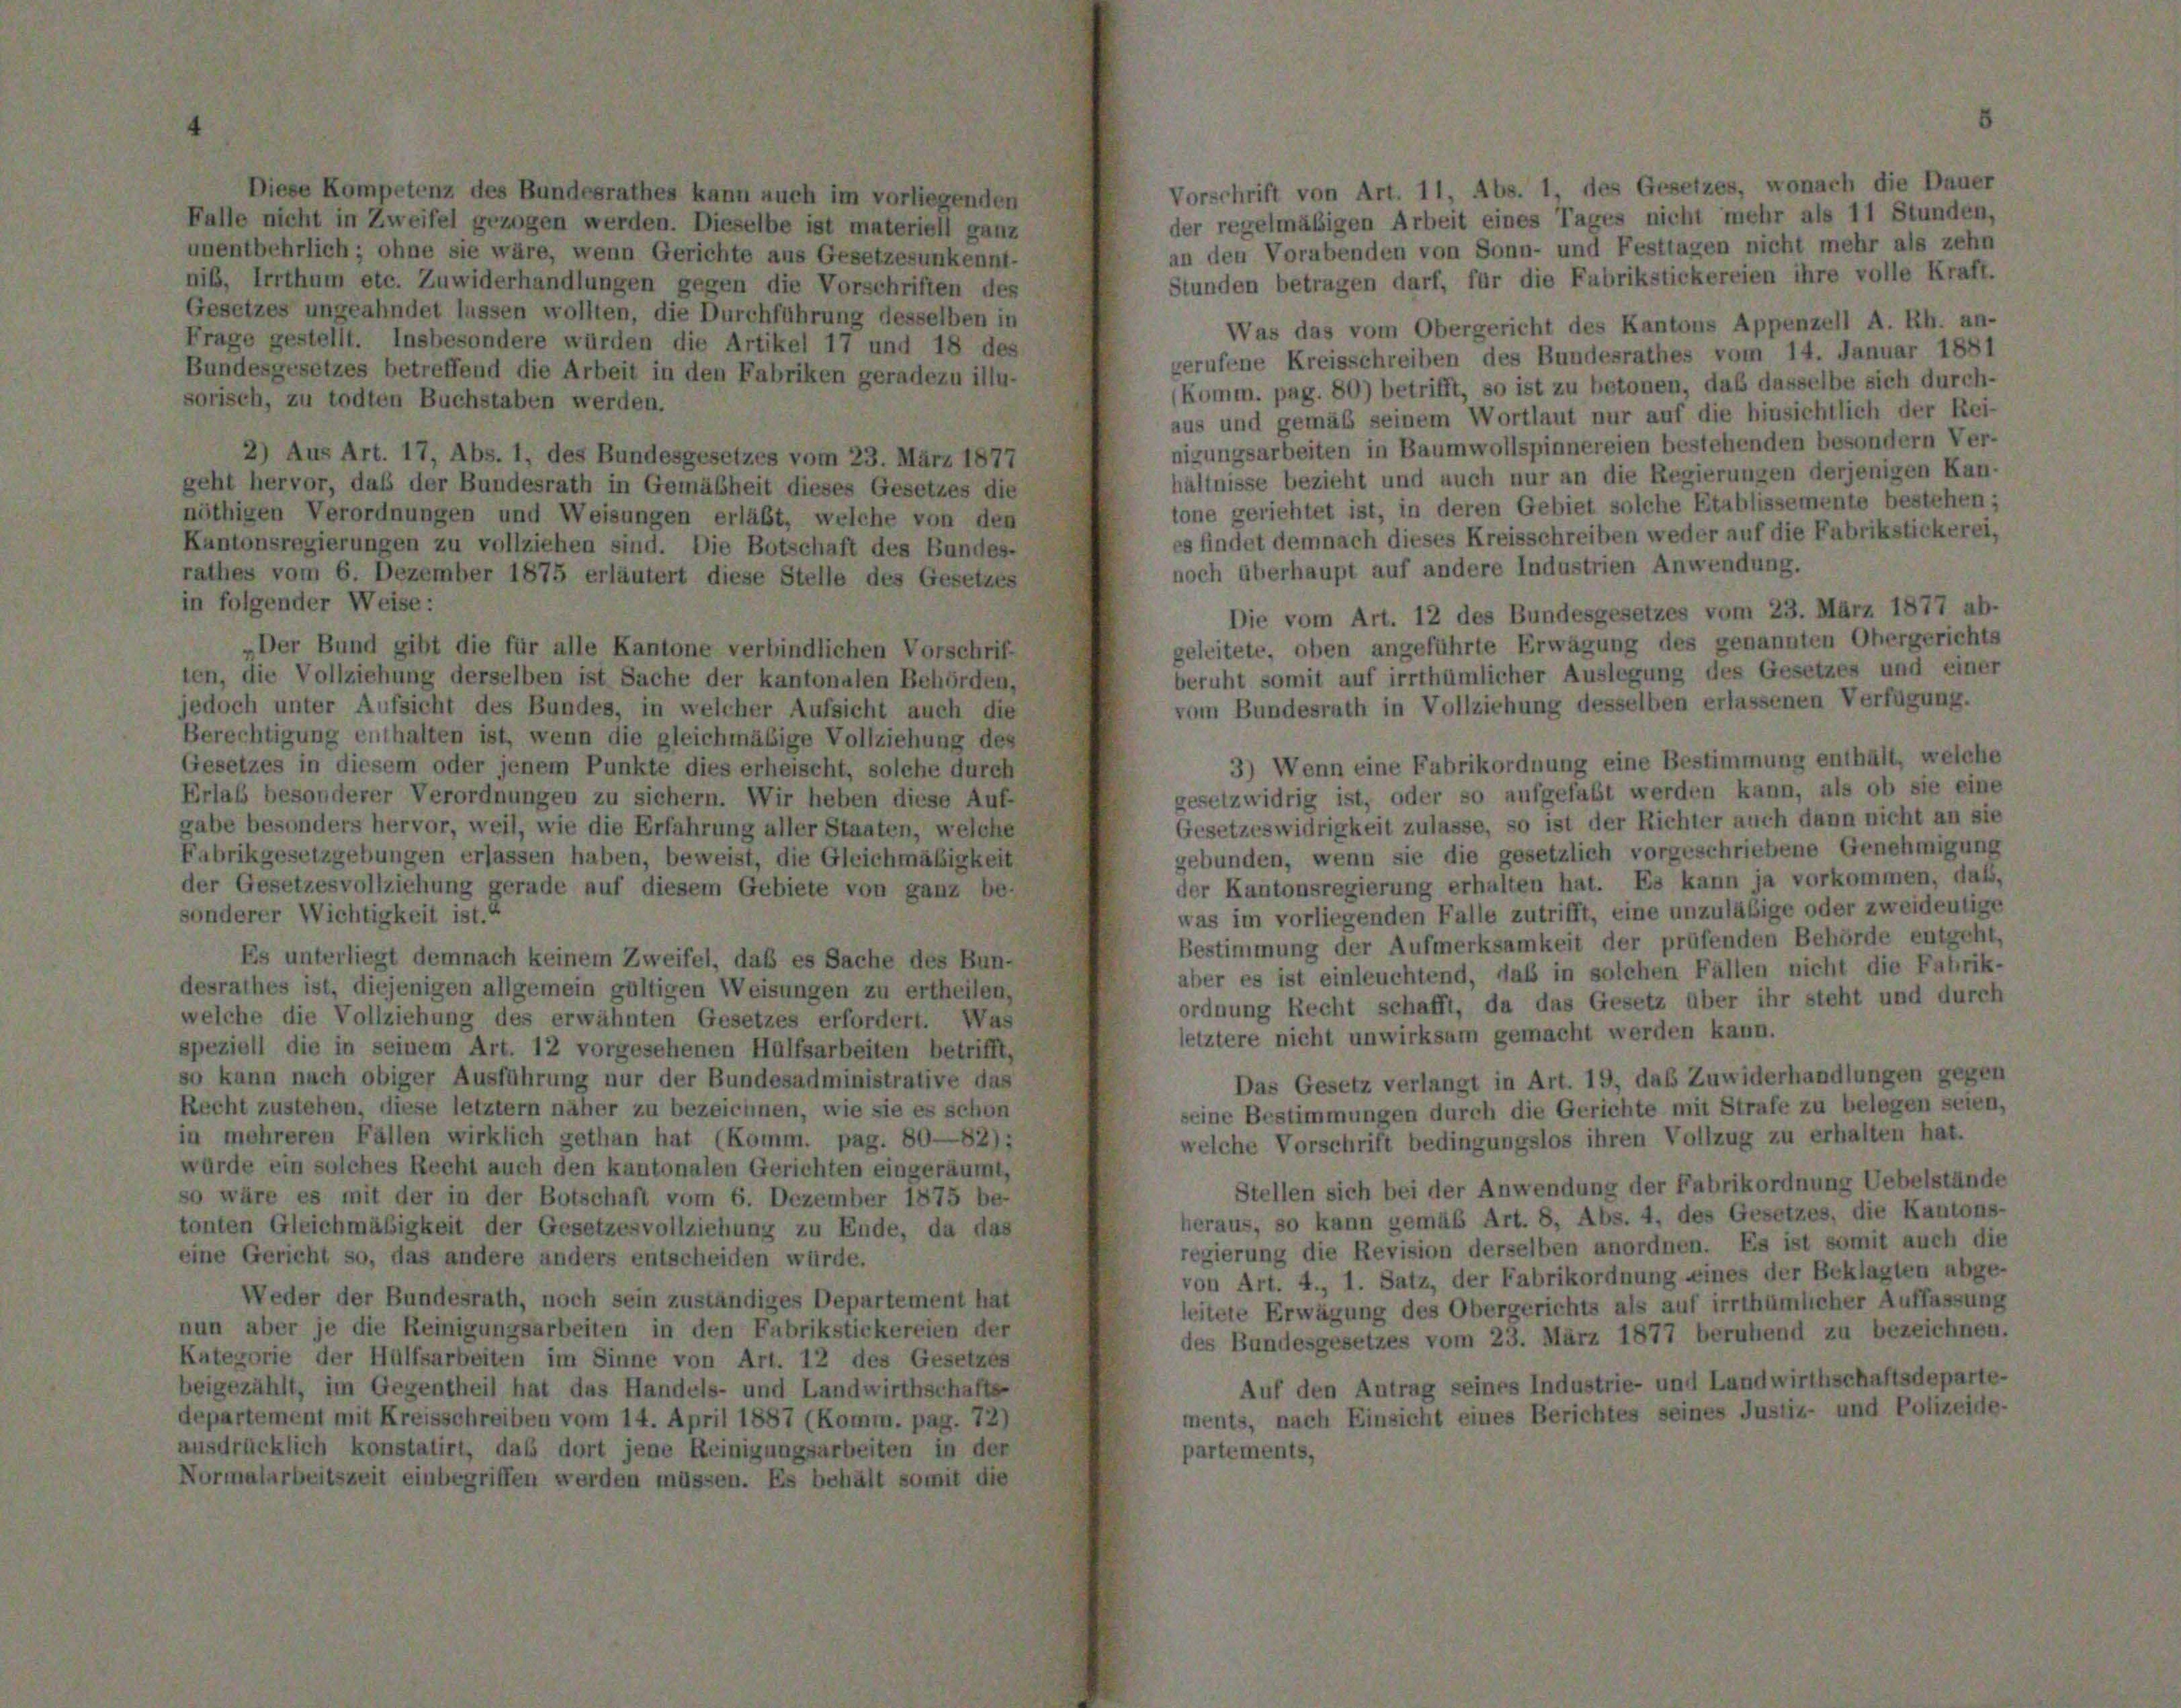
Vorschrift von Art. 11, Abs. 1, des Gesetzes, wonach die Dauer
Diese Kompetenz des Bundesrathes kann auch im vorliegenden
der regelmäßigen Arbeit eines Tages nicht mehr als 11 Stunden,
Falle nicht in Zweifel gezogen werden. Dieselbe ist materiell ganz
an den Vorabenden von Sonn- und Festtagen nicht mehr als zehn
unentbehrlich; ohne sie wäre, wenn Gerichte aus Gesetzesunkennt-
Stunden betragen darf, für die Fabrikstickereien ihre volle Kraft.
nik, Irrthum etc. Zuwiderhandlungen gegen die Vorschriften des
Gesetzes ungeahndet lassen wollten, die Durchführung desselben in
Was das vom Obergericht des Kantons Appenzell A. Rh. an-
Frage gestellt. Insbesondere würden die Artikel 17 und 18 des
gerufene Kreisschreiben des Bundesrathes vom 14. Januar 1881
Bundesgesetzes betreffend die Arbeit in den Fabriken geradezu illu-
(Komm. pag. 80) betrifft, so ist zu betonen, daß dasselbe sich durch-
sorisch, zu todten Buchstaben werden.
aus und gemäß seinem Wortlaut nur auf die hinsichtlich der Rei-
nigungsarbeiten in Baumwollspinnereien bestehenden besondern Ver-
2) Aus Art. 17, Abs. 1, des Bundesgesetzes vom 23. März 1877
hältnisse bezieht und auch nur an die Regierungen derjenigen Kan-
geht hervor, daß der Bundesrath in Gemäßheit dieses Gesetzes die
tone gerichtet ist, in deren Gebiet solche Etablissemente bestehen;
nöthigen Verordnungen und Weisungen erläßt, welche von den
es findet demnach dieses Kreisschreiben weder auf die Fabrikstickerei,
Kantonsregierungen zu vollziehen sind. Die Botschaft des Bundes-
noch überhaupt auf andere Industrien Anwendung.
rathes vom 6. Dezember 1875 erläutert diese Stelle des Gesetzes
in folgender Weise:
Die vom Art. 12 des Bundesgesetzes vom 23. März 1877 ab-
geleitete, oben angeführte Erwägung des genannten Obergerichts
Der Bund gibt die für alle Kantone verbindlichen Vorschrif-
beruht somit auf irrthümlicher Auslegung des Gesetzes und einer
ten, die Vollziehung derselben ist Sache der kantonalen Behörden,
vom Bundesrath in Vollziehung desselben erlassenen Verfügung.
jedoch unter Aufsicht des Bundes, in welcher Aufsicht auch die
Berechtigung enthalten ist, wenn die gleichmäßige Vollziehung des
3) Wenn eine Fabrikordnung eine Bestimmung enthält, welche
Gesetzes in diesem oder jenem Punkte dies erheischt, solche durch
gesetzwidrig ist, oder so aufgefaßt werden kann, als ob sie eine
Erlaß besonderer Verordnungen zu sichern. Wir heben diese Auf-
Gesetzeswidrigkeit zulasse, so ist der Richter auch dann nicht an sie
gabe besonders hervor, weil, wie die Erfahrung aller Staaten, welche
gebunden, wenn sie die gesetzlich vorgeschriebene Genehmigung
Fabrikgesetzgebungen erlassen haben, beweist, die Gleichmäßigkeit
der Kantonsregierung erhalten hat. Es kann ja vorkommen, daß,
der Gesetzesvollziehung gerade auf diesem Gebiete von ganz be-
was im vorliegenden Falle zutrifft, eine unzuläßige oder zweideutige
sonderer Wichtigkeit ist.“
Bestimmung der Aufmerksamkeit der prüfenden Behörde entgeht,
Es unterliegt demnach keinem Zweifel, daß es Sache des Bun-
aber es ist einleuchtend, daß in solchen Fällen nicht die Fabrik-
desrathes ist, diejenigen allgemein gültigen Weisungen zu ertheilen,
ordnung Recht schafft, da das Gesetz über ihr steht und durch
welche die Vollziehung des erwähnten Gesetzes erfordert. Was
letztere nicht unwirksam gemacht werden kann.
speziell die in seinem Art. 12 vorgesehenen Hülfsarbeiten betrifft,
so kann nach obiger Ausführung nur der Bundesadministrative das
Das Gesetz verlangt in Art. 19, daß Zuwiderhandlungen gegen
Recht zustehen, diese letztem näher zu bezeichnen, wie sie es schon
seine Bestimmungen durch die Gerichte mit Strafe zu belegen seien,
in mehreren Fällen wirklich gethan hat (Komm. pag. 80—82):
welche Vorschrift bedingungslos ihren Vollzug zu erhalten hat.
würde ein solches Recht auch den kantonalen Gerichten eingeräumt,
Stellen sich bei der Anwendung der Fabrikordnung Uebelstände
so wäre es mit der in der Botschaft vom 6. Dezember 1875 be-
heraus, so kann gemäß Art. 8, Abs. 4, des Gesetzes, die Kantons-
tonten Gleichmäßigkeit der Gesetzesvollziehung zu Ende, da das
regierung die Revision derselben anordnen. Es ist somit auch die
eine Gericht so, das andere anders entscheiden würde.
von Art. 4., 1. Satz, der Fabrikordnung eines der Beklagten abge-
Weder der Bundesrath, noch sein zuständiges Departement hat
leitete Erwägung des Obergerichts als auf irrthümlicher Auffassung
nun aber je die Reinigungsarbeiten in den Fabrikstickereien der
des Bundesgesetzes vom 23. März 1877 beruhend zu bezeichnen.
Kategorie der Hülfsarbeiten im Sinne von Art. 12 des Gesetzes
Auf den Antrag seines Industrie- und Landwirthschaftsdeparte-
beigezählt, im Gegentheil hat das Handels- und Landwirthschafte
ments, nach Einsicht eines Berichtes seines Justiz- und Polizeide-
departement mit Kreisschreiben vom 14. April 1887 (Komm. pag. 72)
ausdrücklich konstatirt, das dort jene Reinigungsarbeiten in der
partements,
Normalarbeitszeit einbegriffen werden müssen. Es behält somit die